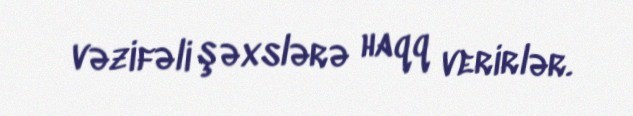
vəzifəli şəxslərə haqq verirlər.